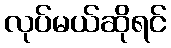
လုပ်မယ်ဆိုရင်